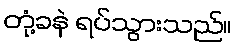
တုံ့ခနဲ ရပ်သွားသည်။